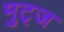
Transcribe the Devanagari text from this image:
मुट्‌ज